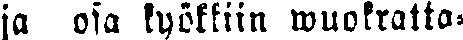
ja osa kyökkiin wuokratta-